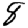
Digit: 8